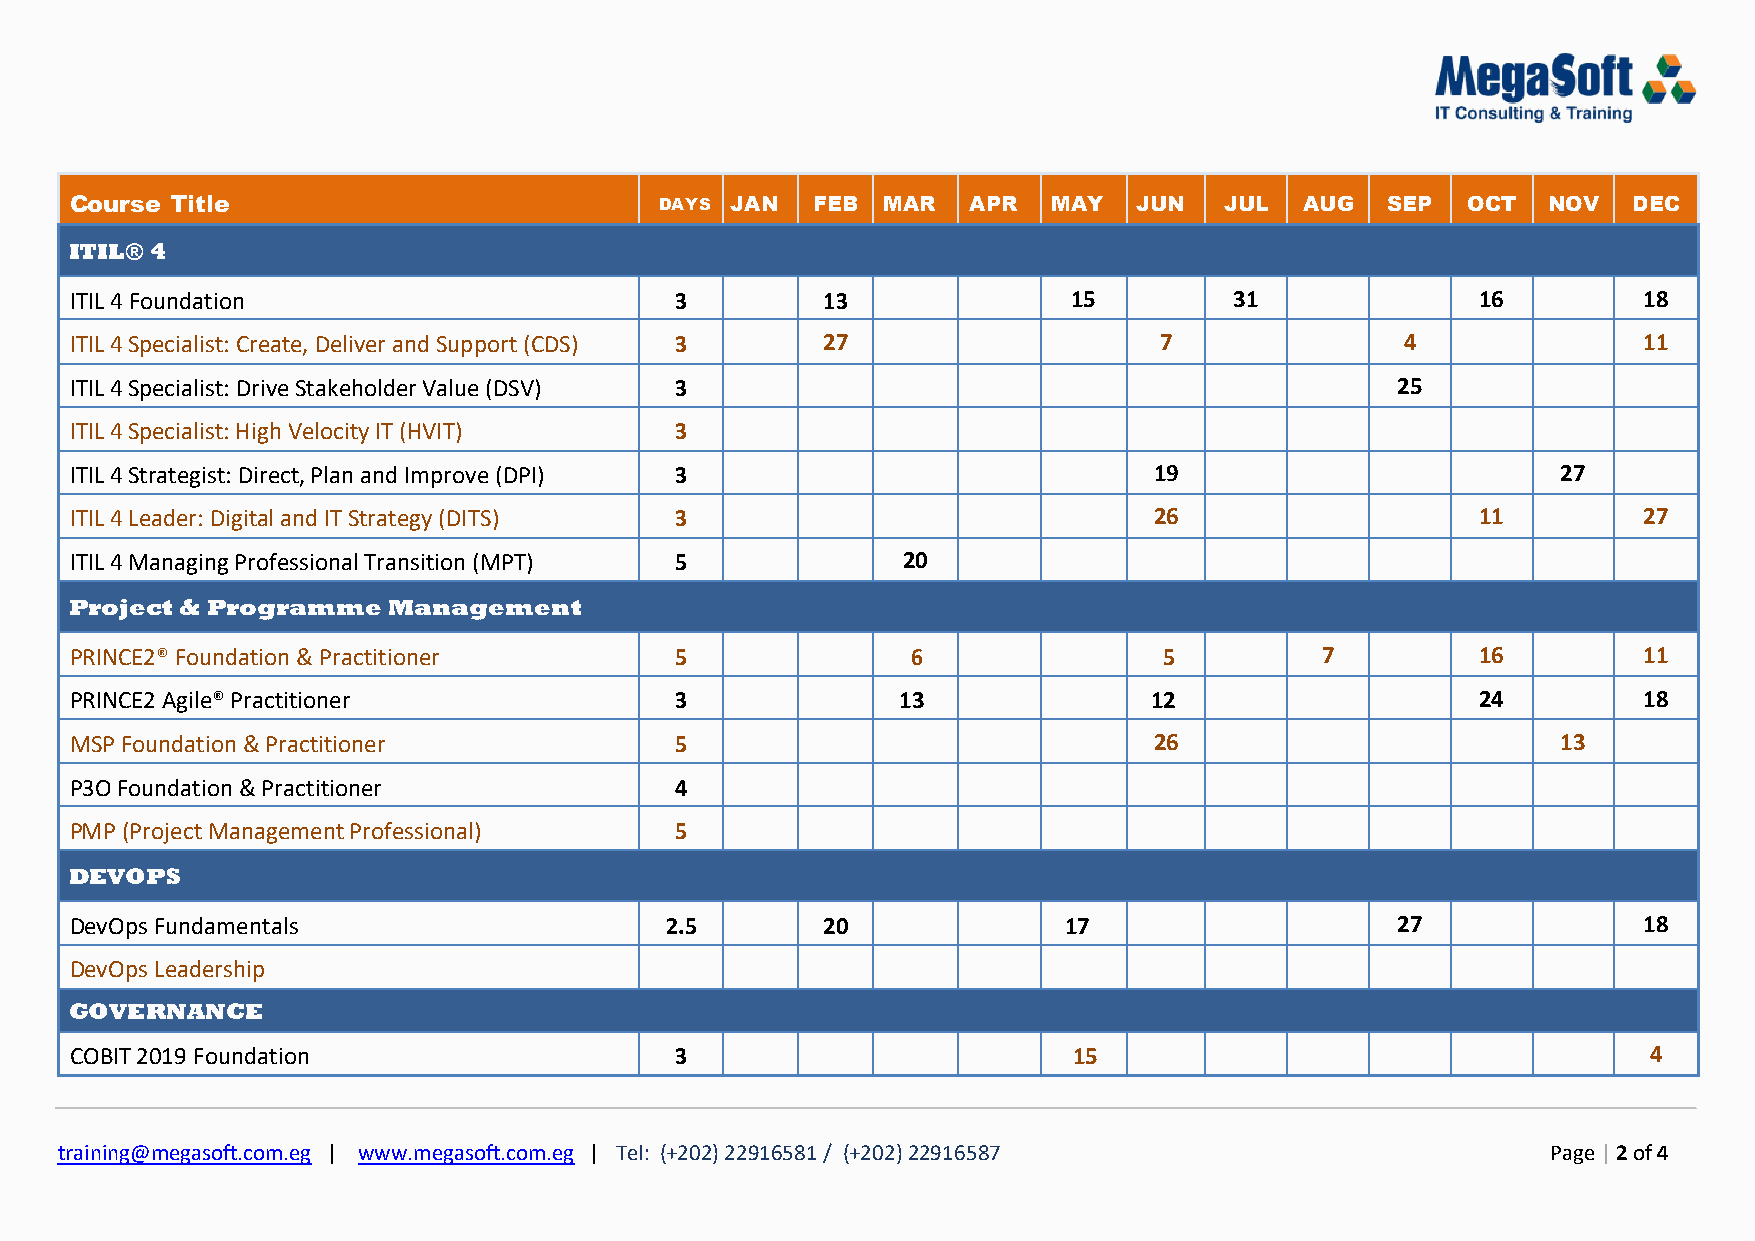
Course Title                           DAYS JAN  FEB MAR   APR   MAY  JUN   JUL  AUG   SEP  OCT  NOV   DEC
 ITIL® 4
 ITIL 4 Foundation                       3        13               15         31              16         18
 ITIL 4 Specialist: Create, Deliver and Support (CDS) 3 27               7               4               11
 ITIL 4 Specialist: Drive Stakeholder Value (DSV) 3                                     25
 ITIL 4 Specialist: High Velocity IT (HVIT) 3
 ITIL 4 Strategist: Direct, Plan and Improve (DPI) 3                    19                         27
 ITIL 4 Leader: Digital and IT Strategy (DITS) 3                        26                    11         27
 ITIL 4 Managing Professional Transition (MPT) 5        20
 Project & Programme  Management
 PRINCE2® Foundation & Practitioner      5              6                5         7          16         11
 PRINCE2 Agile® Practitioner             3              13              12                    24         18
 MSP Foundation & Practitioner           5                              26                         13
 P3O Foundation & Practitioner           4
 PMP (Project Management Professional)   5
 DEVOPS
 DevOps Fundamentals                    2.5       20              17                    27               18
 DevOps Leadership
 GOVERNANCE
 COBIT 2019 Foundation                   3                         15                                    4
 training@megasoft.com.eg | www.megasoft.com.eg | Tel: (+202) 22916581 / (+202) 22916587            Page | 2 of 4